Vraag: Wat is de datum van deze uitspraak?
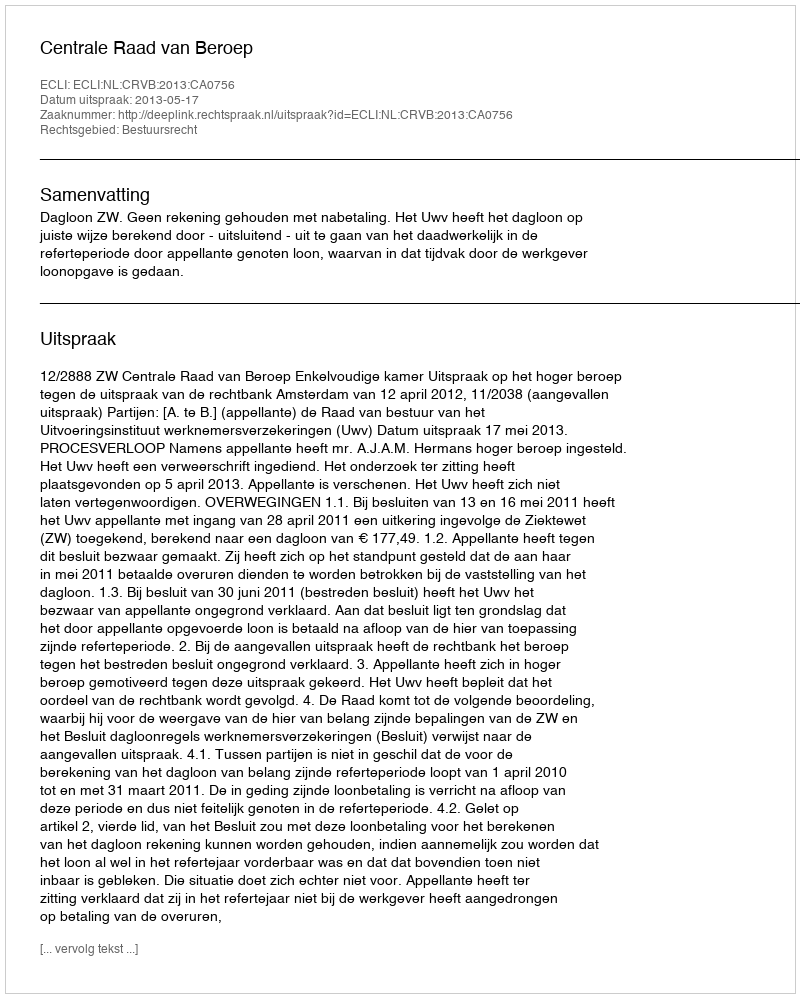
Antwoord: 2013-05-17